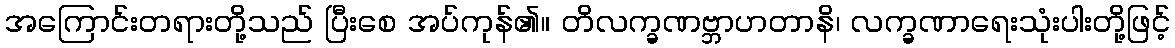
အကြောင်းတရားတို့သည် ပြီးစေ အပ်ကုန်၏။ တိလက္ခဏဗ္ဘာဟတာနိ၊ လက္ခဏာရေးသုံးပါးတို့ဖြင့်